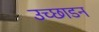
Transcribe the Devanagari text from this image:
उच्छाडन